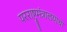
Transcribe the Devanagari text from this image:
परराष्ट्रमंत्रालयाचा